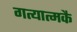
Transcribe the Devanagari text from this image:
गत्यात्मकै